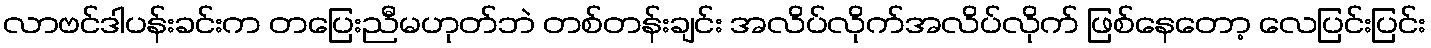
လာဗင်ဒါပန်းခင်းက တပြေးညီမဟုတ်ဘဲ တစ်တန်းချင်း အလိပ်လိုက်အလိပ်လိုက် ဖြစ်နေတော့ လေပြင်းပြင်း